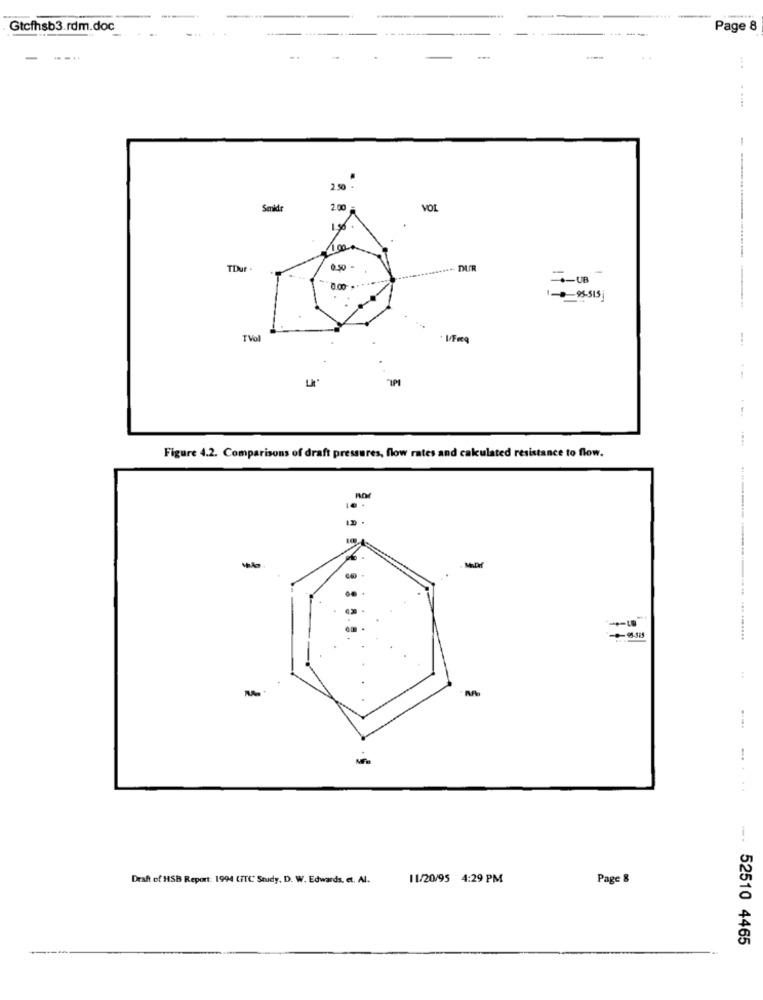
Gtcfhsb3.rdm.doc
-----
Page 8
-
.. ....
2.50 -
Sekdr
2.00
VOL
1.88
100m
TDur .
0.50 -
--- UB
0.00 **
-95-515
TVol
5
Figure 4.2. Comparisons of draft pressures, flow rates and calculated resistance to flow.
.....
Draft of HSB Report: 1994 LIT( Study, D. W. Edwards, et. Al.
11/20/95 4:29 PM
Page &
52510 4465